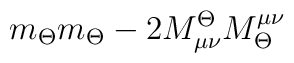
m_\Theta m_\Theta - 2M^\Theta_{\mu\nu}M_\Theta^{\mu\nu}